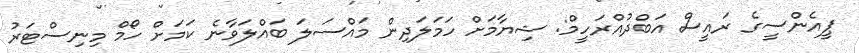
ޕީއެންސީގެ ރައީސް އަބްދުއްރަހީމް: ޝިޔާމަށް ހަމަލަދިން މައްސަލަ ބައްލަވާނެ ކަމަށް ހޯމް މިނިސްޓަރު